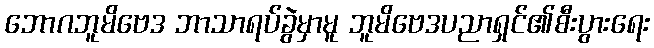
ဘောဂဘူမိဗေဒ ဘာသာရပ်ခွဲမှာမူ ဘူမိဗေဒပညာရှင်၏စီးပွားရေး